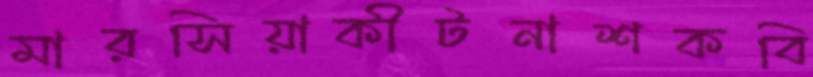
মারসিয়াকীটনাশকবি